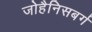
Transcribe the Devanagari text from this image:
जोहैनिसबर्ग